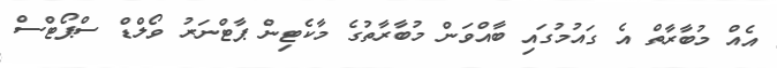
އެއް މުބާރާތް އެ ގައުމުގައި ބާއްވަން މުބާރާތުގެ މާކެޓިން ޕާޓްނަރު ވޯލްޑް ސްޕޯޓްސް